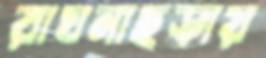
রাঘনাছড়ায়